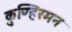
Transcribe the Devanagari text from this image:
कुण्हिरमन